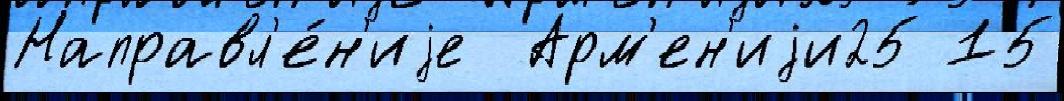
Направл'е́н'иjе  Арм'ен'иjи25 15